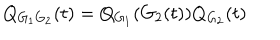
Q _ { G _ { 1 } G _ { 2 } } ( t ) = Q _ { G _ { 1 } } ( G _ { 2 } ( t ) ) Q _ { G _ { 2 } } ( t )